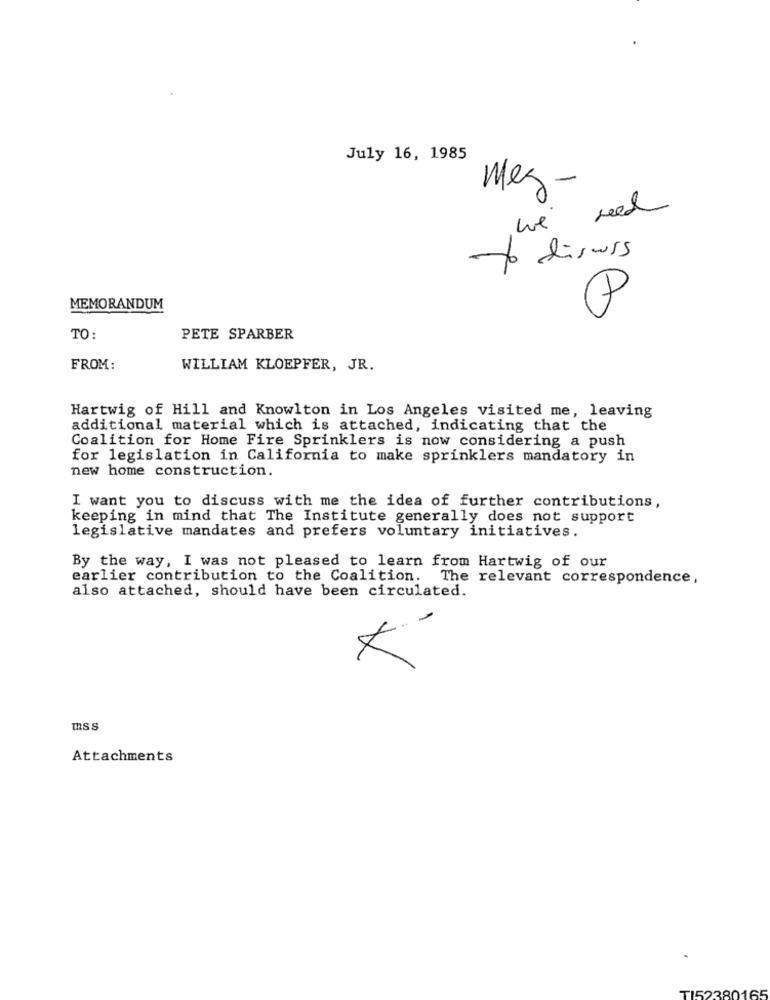
July 16, 1985
Mez -
we need
To discuss
MEMORANDUM
P
TO:
PETE SPARBER
FROM:
WILLIAM KLOEPFER, JR.
Hartwig of Hill and Knowlton in Los Angeles visited me, leaving
additional material which is attached, indicating that the
Coalition for Home Fire Sprinklers is now considering a push
for legislation in California to make sprinklers mandatory in
new home construction.
I want you to discuss with me the idea of further contributions,
keeping in mind that The Institute generally does not support
legislative mandates and prefers voluntary initiatives.
By the way, I was not pleased to learn from Hartwig of our
earlier contribution to the Coalition. The relevant correspondence,
also attached, should have been circulated.
mss
Attachments
TI52380